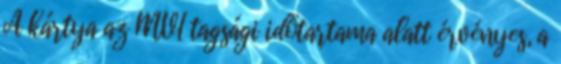
A kártya az MVI tagsági időtartama alatt érvényes, a